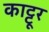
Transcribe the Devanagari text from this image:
काट्टूर